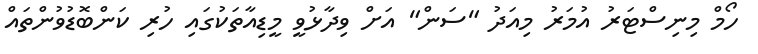
ހޯމް މިނިސްޓަރު އުމަރު މިއަދު "ސަން" އަށް ވިދާޅުވީ މީޑިއާތަކުގައި ހުރި ކަންބޮޑުވުންތައް